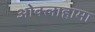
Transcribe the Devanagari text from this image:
ओक्लाहामा